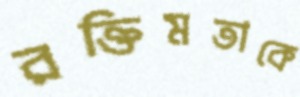
রক্তিমতাকে